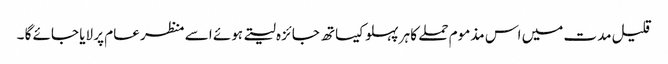
قلیل مدت میں اس مذموم حملے کا ہر پہلو کیساتھ جائزہ لیتے ہوئے اسے منظر عام پر لایا جائے گا ۔